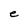
Character: e